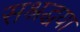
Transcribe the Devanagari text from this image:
सश्रद्धया